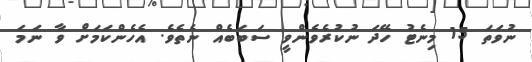
ނުވަތަ 15 މިނެޓު ހޭދަ ނުކުރެވެންވީ ސަބަބެއް ނެތެވެ. އެހެންކަމަށް ވާ ނަމަ